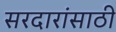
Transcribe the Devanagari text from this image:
सरदारांसाठी